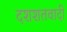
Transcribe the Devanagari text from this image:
दशशतवादी